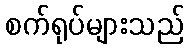
စက်ရုပ်များသည်